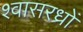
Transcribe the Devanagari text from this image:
श्वासरध्राें